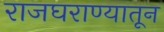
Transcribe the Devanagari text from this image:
राजघराण्यातून